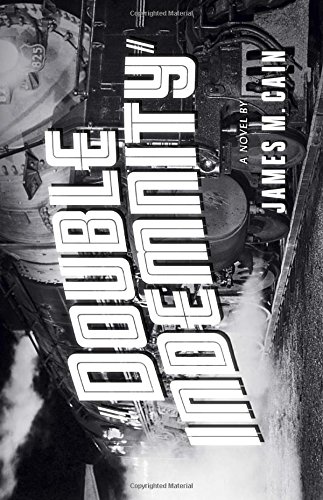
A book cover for Double Indemnity; James M. Cain; Mystery, Thriller & Suspense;